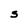
Character: S